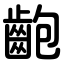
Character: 齙